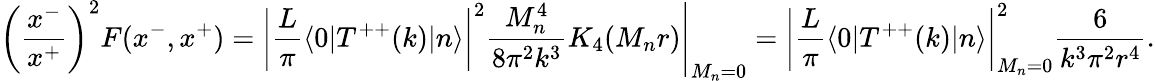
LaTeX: \left(\frac{x^{-}}{x^{+}}\right)^{2}F(x^{-},x^{+})=\left.\left|{\frac{L}{\pi}}\langle 0|T^{++}(k)|n\rangle\right|^{2}{\frac{M_{n}^{4}}{8\pi^{2}k^{3}}}K_{4}(M_{n}r)\right|_{M_{n}=0}=\left|{\frac{L}{\pi}}\langle 0|T^{++}(k)|n\rangle\right|_{M_{n}=0}^{2}{\frac{6}{k^{3}\pi^{2}r^{4}}}.